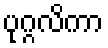
ပုဂ္ဂလိကာ